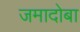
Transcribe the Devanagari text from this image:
जमादोबा